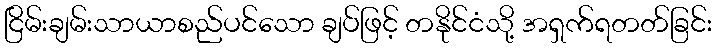
ငြိမ်းချမ်းသာယာစည်ပင်သော ချပ်ဖြင့် တနိုင်ငံသို့ အရှက်ရတတ်ခြင်း